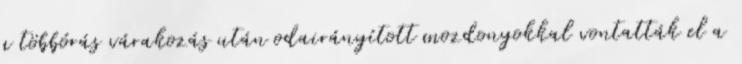
a többórás várakozás után odairányított mozdonyokkal vontatták el a